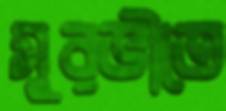
সুরভীতে